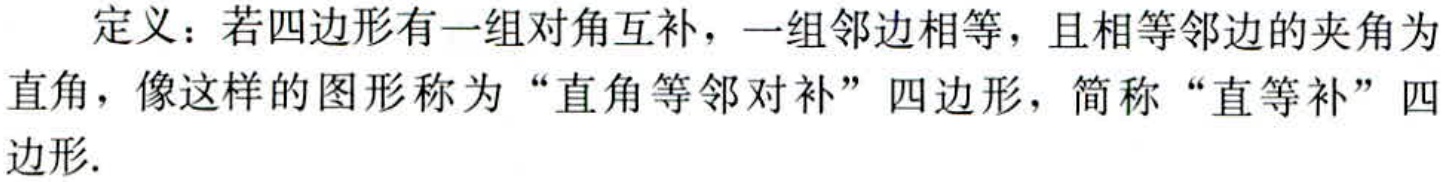
定义：若四边形有一组对角互补，一组邻边相等，且相等邻边的夹角为直角，像这样的图形称为“直角等邻对补”四边形，简称“直等补”四边形.